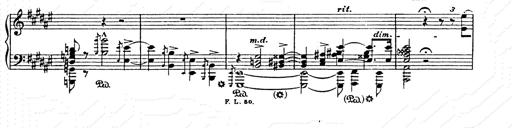
Title: AnnÃ©es de pÃ¨lerinage II
Composer: Franz Liszt